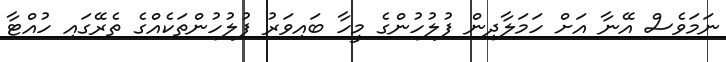
ނަމަވެސް އޭނާ އަށް ހަމަލާދިން ފުލުހުންގެ މީހާ ބައިވަރު ފުލުހުންތަކެއްގެ ތެރޭގައި ހުއްޓާ